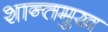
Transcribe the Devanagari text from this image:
शान्तमुख